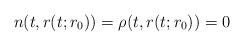
LaTeX: \begin{align*}n(t,r(t;r_{0}))=\rho(t,r(t;r_{0}))=0\end{align*}